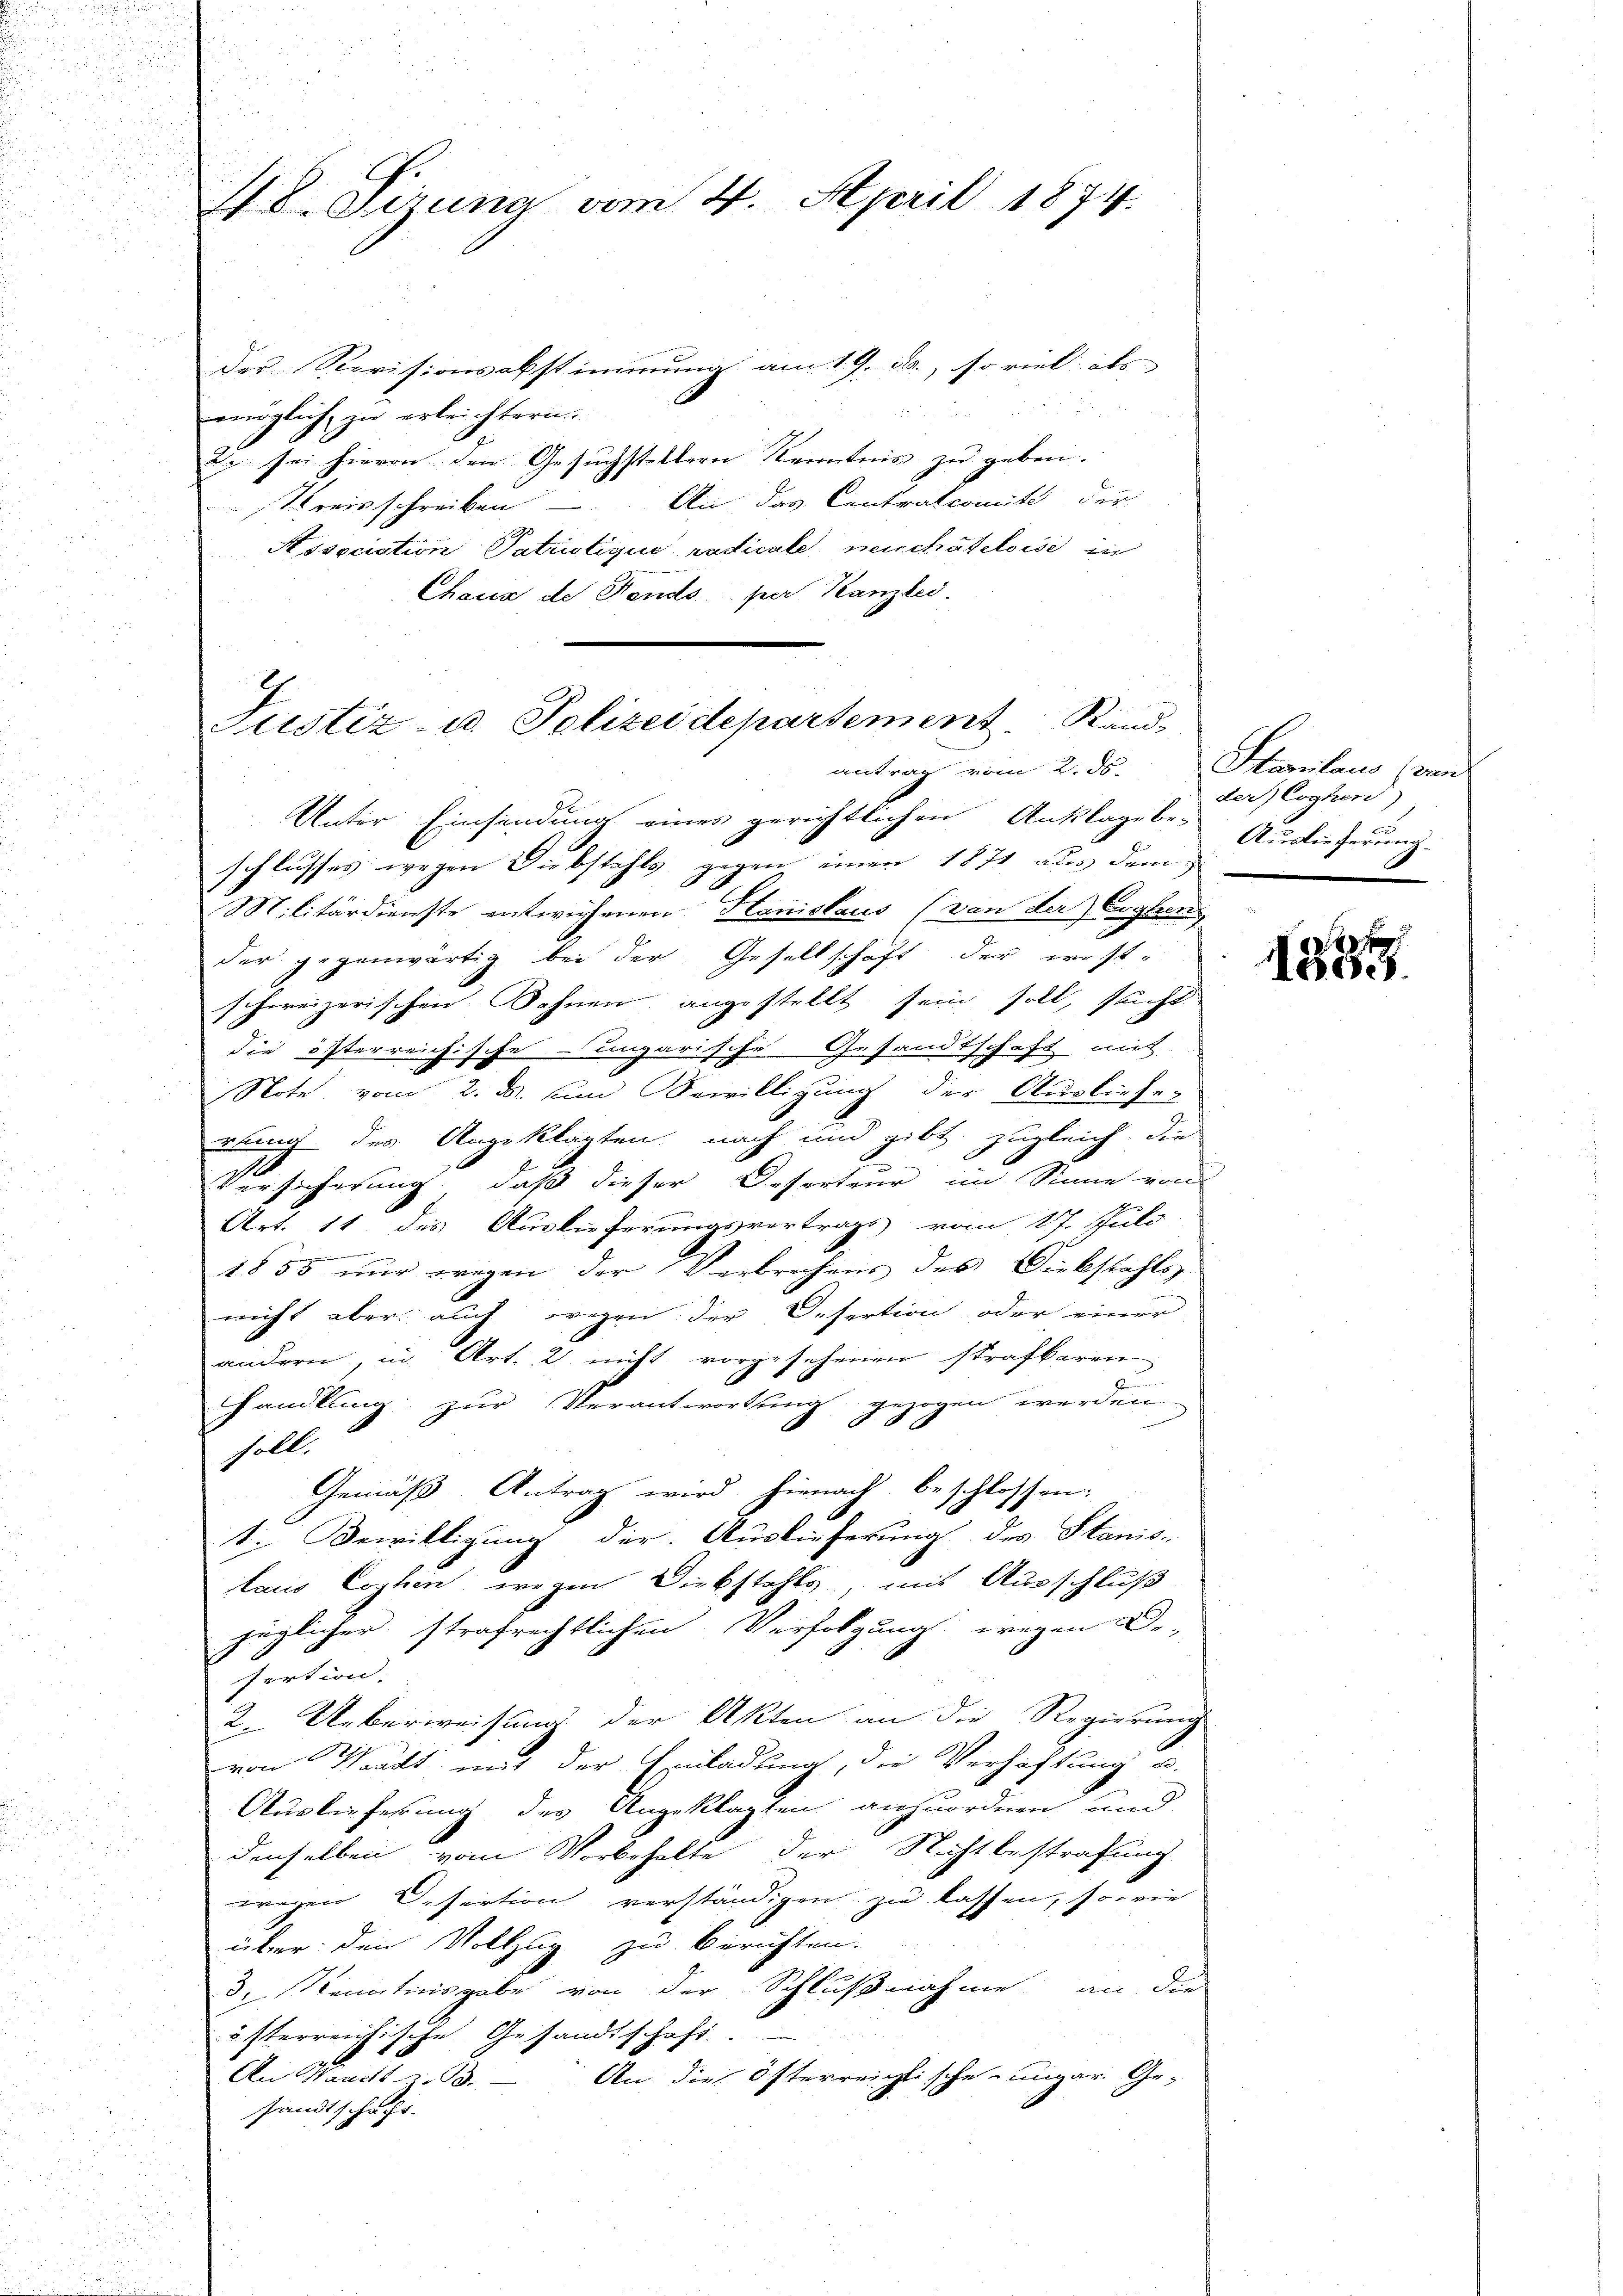
u
i

u
2

48. Sizung vom 4. April 1874.

der Revisionsabstimmung am 19. da, so viel als
möglich zu erleichtern
29 sei hievon den Gesuchstellern Kenntnis zu geben.
streisschreiben. An das Centralcomit der
Association Patristique radicale meuchâteloise in
Chaus de Fends per Kanzlei.

2
Sistiz- u. Polizeidepartement Rand,
antrag vom 2. ds.

Unter Einsendung eines gerichtlichen Anklage bei Auslieferung.
schlusses wegen Diebstahls gegen einen 1871 aus dem
Militärdienste entwichenen Hanislaus (von der Erghens
der gegenwärtig bei der Gesellschaft der ernst-
schweizerischen Sohnen angestellt sein soll, sucht
die österreichische Ungarische Gesandtschaft mit
Note vom 2. d. um Bewilligung der Ausliefe-
übung des Angeklagten nach und gibt. zugleich die
Versicherung, daß dieser Deserteur im Sinne von
Art. 11. des Auslieferungsvertrags vom 17. Juli
1855 nur wegen der Verbrechens des Diebstahls
nicht aber auch wegen der Desertion oder einer
andern, in Art. 2 nicht vorgesehenen strafbaren
.
hankung zur Verantwortung gezogen werden
§.88
soll.
Gemäß Antrag wird hienach beschlossen:
t. Bewilligung der Auslieferung des Stanis-
laus Lophen wegen Diebstahls, mit Ausschluß
füglicher strafrechtlichen Verfolgung wegen Ge-
fertion.
2. Ueberweisung der Akten an die Regierung
von Waadt mit der Einladung, die Verhaftung u.
Auslieferung des Angeklagten anzuordnen und
denselben vom Vorbehalte der Nichtbestrafung
wegen Desertion verständigen zu lassen, sowie
über den Vollzug zu berichten.
3. Kenntnisgabe von der Schlußnahme an die
österreichische Gesandtschaft
.
An Waadt z. B. — An die österreichtische ungar. Ge-
.
u
sandtschaft.

Stailans (von
der Coghord)

9
18och